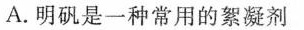
A.明矾是一种常用的絮凝剂